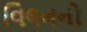
વિલનનો